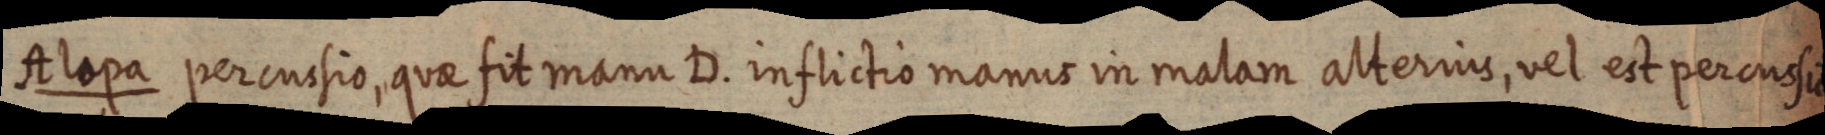
Alopa percussio, quae fit manu d. inflictio manus in malam alterius, vel est percussio